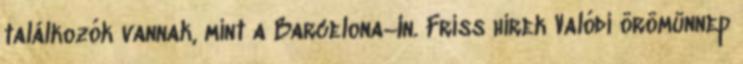
találkozók vannak, mint a Barcelona–In. Friss hírek Valódi örömünnep